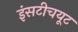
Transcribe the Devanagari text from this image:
इंसटीचयूट